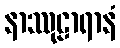
နာဿုဠာရာနံ